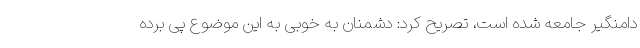
دامنگیر جامعه شده است، تصریح کرد: دشمنان به خوبی به این موضوع پی برده